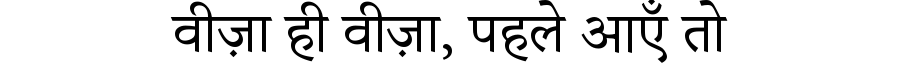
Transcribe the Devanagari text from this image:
वीज़ा ही वीज़ा, पहले आएँ तो